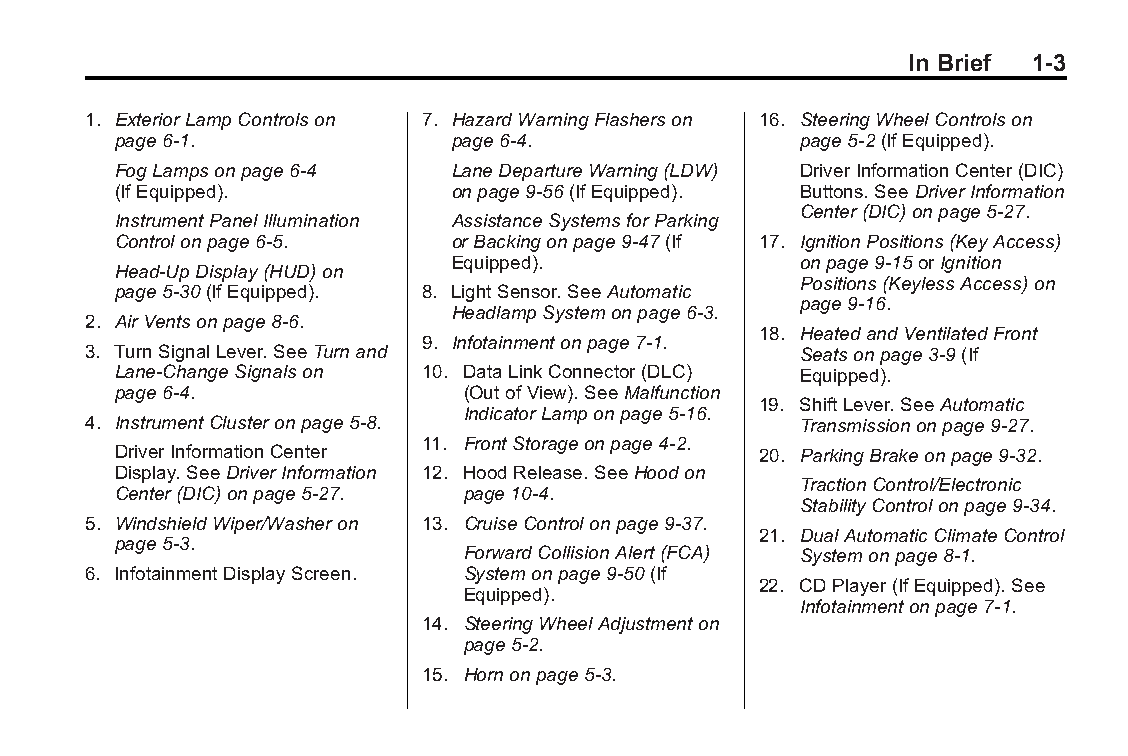
Buick LaCrosse Owner Manual (GMNA-Localizing-U.S./Canada/Mexico- Blackplate(3,1)
 6043609)-2014-2ndEdition-10/17/13
 In Brief 1-3
 1. ExteriorLampControlson 7. HazardWarningFlasherson 16. SteeringWheelControlson
 page6-1.               page6-4.               page5-2(IfEquipped).
 FogLampsonpage6-4      LaneDepartureWarning(LDW) DriverInformationCenter(DIC)
 (IfEquipped).          onpage9-56(IfEquipped). Buttons.SeeDriverInformation
 Center(DIC)onpage5-27.
 InstrumentPanelIllumination AssistanceSystemsforParking
 Controlonpage6-5.      orBackingonpage9-47(If 17. IgnitionPositions(KeyAccess)
 Equipped).             onpage9-15orIgnition
 Head-UpDisplay(HUD)on
 Positions(KeylessAccess)on
 page5-30(IfEquipped). 8. LightSensor.SeeAutomatic
 page9-16.
 HeadlampSystemonpage6-3.
 2. AirVentsonpage8-6.
 18. HeatedandVentilatedFront
 9. Infotainmentonpage7-1.
 3. TurnSignalLever.SeeTurnand                   Seatsonpage3-9(If
 Lane-ChangeSignalson 10. DataLinkConnector(DLC) Equipped).
 page6-4.               (OutofView).SeeMalfunction
 19. ShiftLever.SeeAutomatic
 IndicatorLamponpage5-16.
 4. InstrumentClusteronpage5-8.                  Transmissiononpage9-27.
 11. FrontStorageonpage4-2.
 DriverInformationCenter                    20. ParkingBrakeonpage9-32.
 Display.SeeDriverInformation 12. HoodRelease.SeeHoodon
 TractionControl/Electronic
 Center(DIC)onpage5-27. page10-4.
 StabilityControlonpage9-34.
 5. WindshieldWiper/Washeron 13. CruiseControlonpage9-37.
 21. DualAutomaticClimateControl
 page5-3.
 ForwardCollisionAlert(FCA) Systemonpage8-1.
 6. InfotainmentDisplayScreen. Systemonpage9-50(If
 22. CDPlayer(IfEquipped).See
 Equipped).
 Infotainmentonpage7-1.
 14. SteeringWheelAdjustmenton
 page5-2.
 15. Hornonpage5-3.